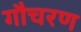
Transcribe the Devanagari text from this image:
गौचरण